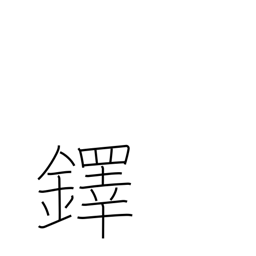
Meaning: large hand bell